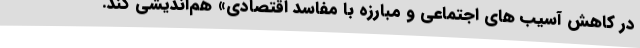
در کاهش آسیب های اجتماعی و مبارزه با مفاسد اقتصادی» هم‌اندیشی کند.